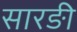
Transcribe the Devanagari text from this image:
सारङी